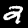
Label: 2